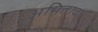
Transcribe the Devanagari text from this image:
अमितावा